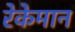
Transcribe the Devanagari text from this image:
रेकेमान